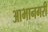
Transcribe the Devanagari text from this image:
आभानगरी